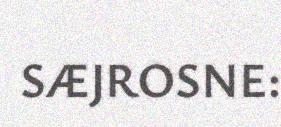
SÆJROSNE: